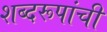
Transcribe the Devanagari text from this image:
शब्दरूपांची